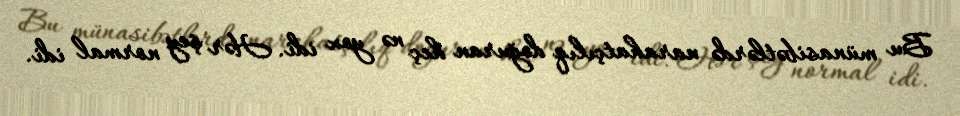
Bu münasibətlərdə narahatçılıq doğuran heç nə yox idi. Hər şey normal idi.